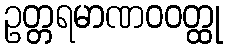
ဥတ္တရမာဏဝဝတ္ထု